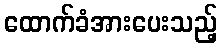
ထောက်ခံအားပေးသည့်